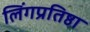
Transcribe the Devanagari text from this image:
लिंगप्रतिष्ठा